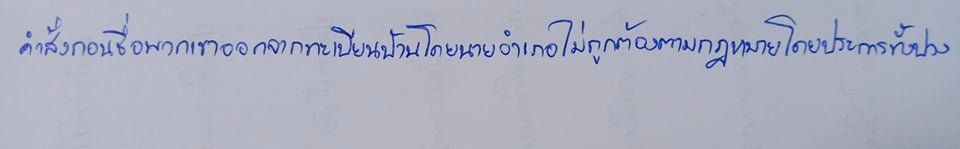
คำสั่งถอนชื่อพวกเขาออกจากทะเบียนบ้านโดยนายอำเภอไม่ถูกต้องตามกฎหมายโดยประการทั้งปวง